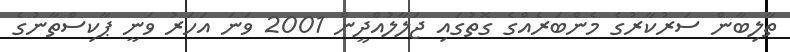
ތާލިބާން ސަރުކާރުގެ މެންބަރެއްގެ ގޮތުގައި ޖަލާލުއްދީން 2001 ވަނަ އަހަރު ވަނީ ޕާކިސްތާނުގެ